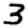
Digit: 3